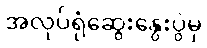
အလုပ်ရုံဆွေးနွေးပွဲမှ